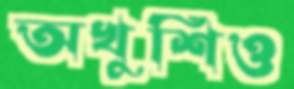
অখুশিও